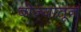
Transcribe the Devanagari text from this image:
बोज्यातून